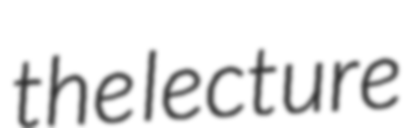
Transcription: the lecture